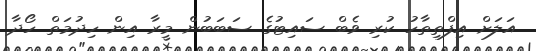
އަލަށް އިފްތިތާހު ކުރި ވެބް ސައިޓުގެ ސަބަބުން މީރާ އިން ހިދުމަތް ހޯދާ